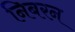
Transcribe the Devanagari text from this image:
निबरन